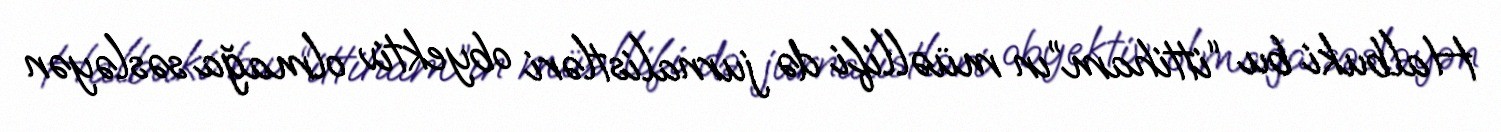
Halbuki bu “ittiham”ın müəllifi də jurnalistləri obyektiv olmağa səsləyən